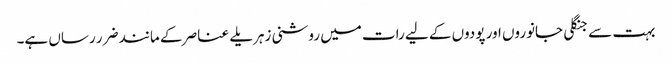
بہت سے جنگلی جانوروں اور پودوں کے لیے رات میں روشنی زہریلے عناصر کے مانند ضرر رساں ہے۔